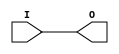
`timescale 1ms/100ns
module BUSdelay(input [7:0] I,output [7:0] O);
	parameter delaytime=5;
	assign #delaytime O=I;
endmodule